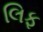
લિફ